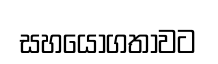
සහයෝගතාවට